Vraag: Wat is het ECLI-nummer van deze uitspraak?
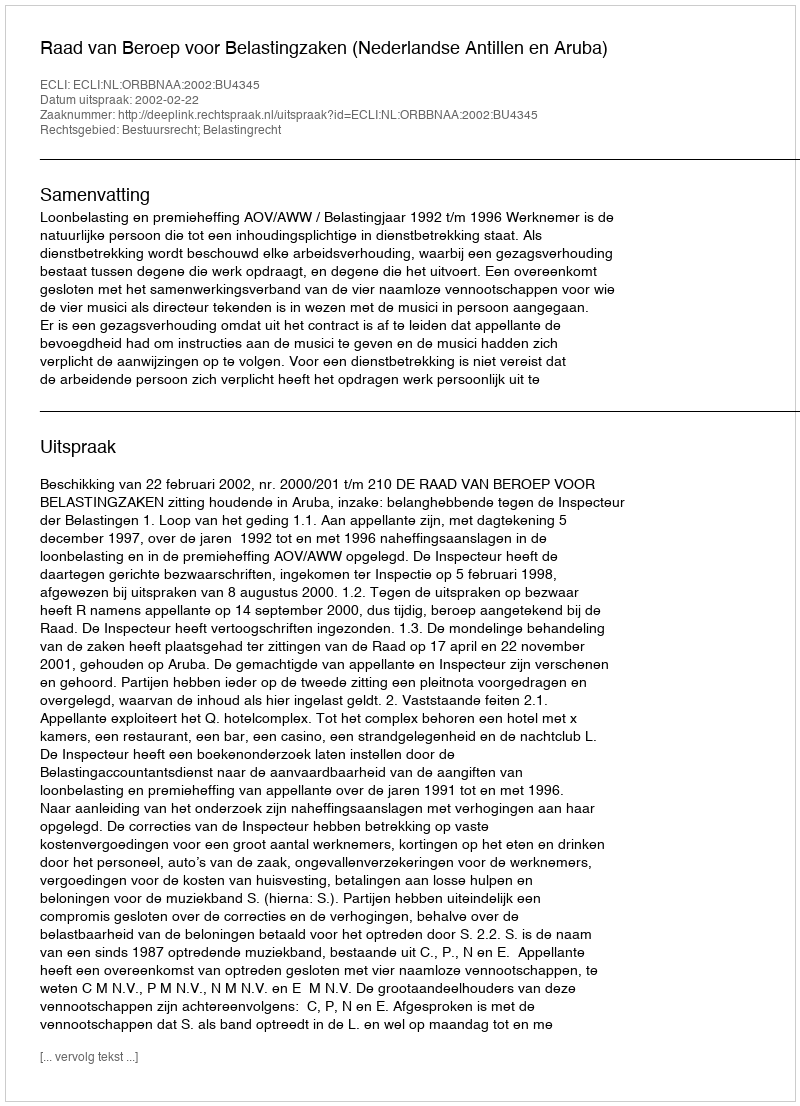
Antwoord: ECLI:NL:ORBBNAA:2002:BU4345